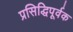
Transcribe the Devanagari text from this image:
प्रसिद्धिपूर्वक